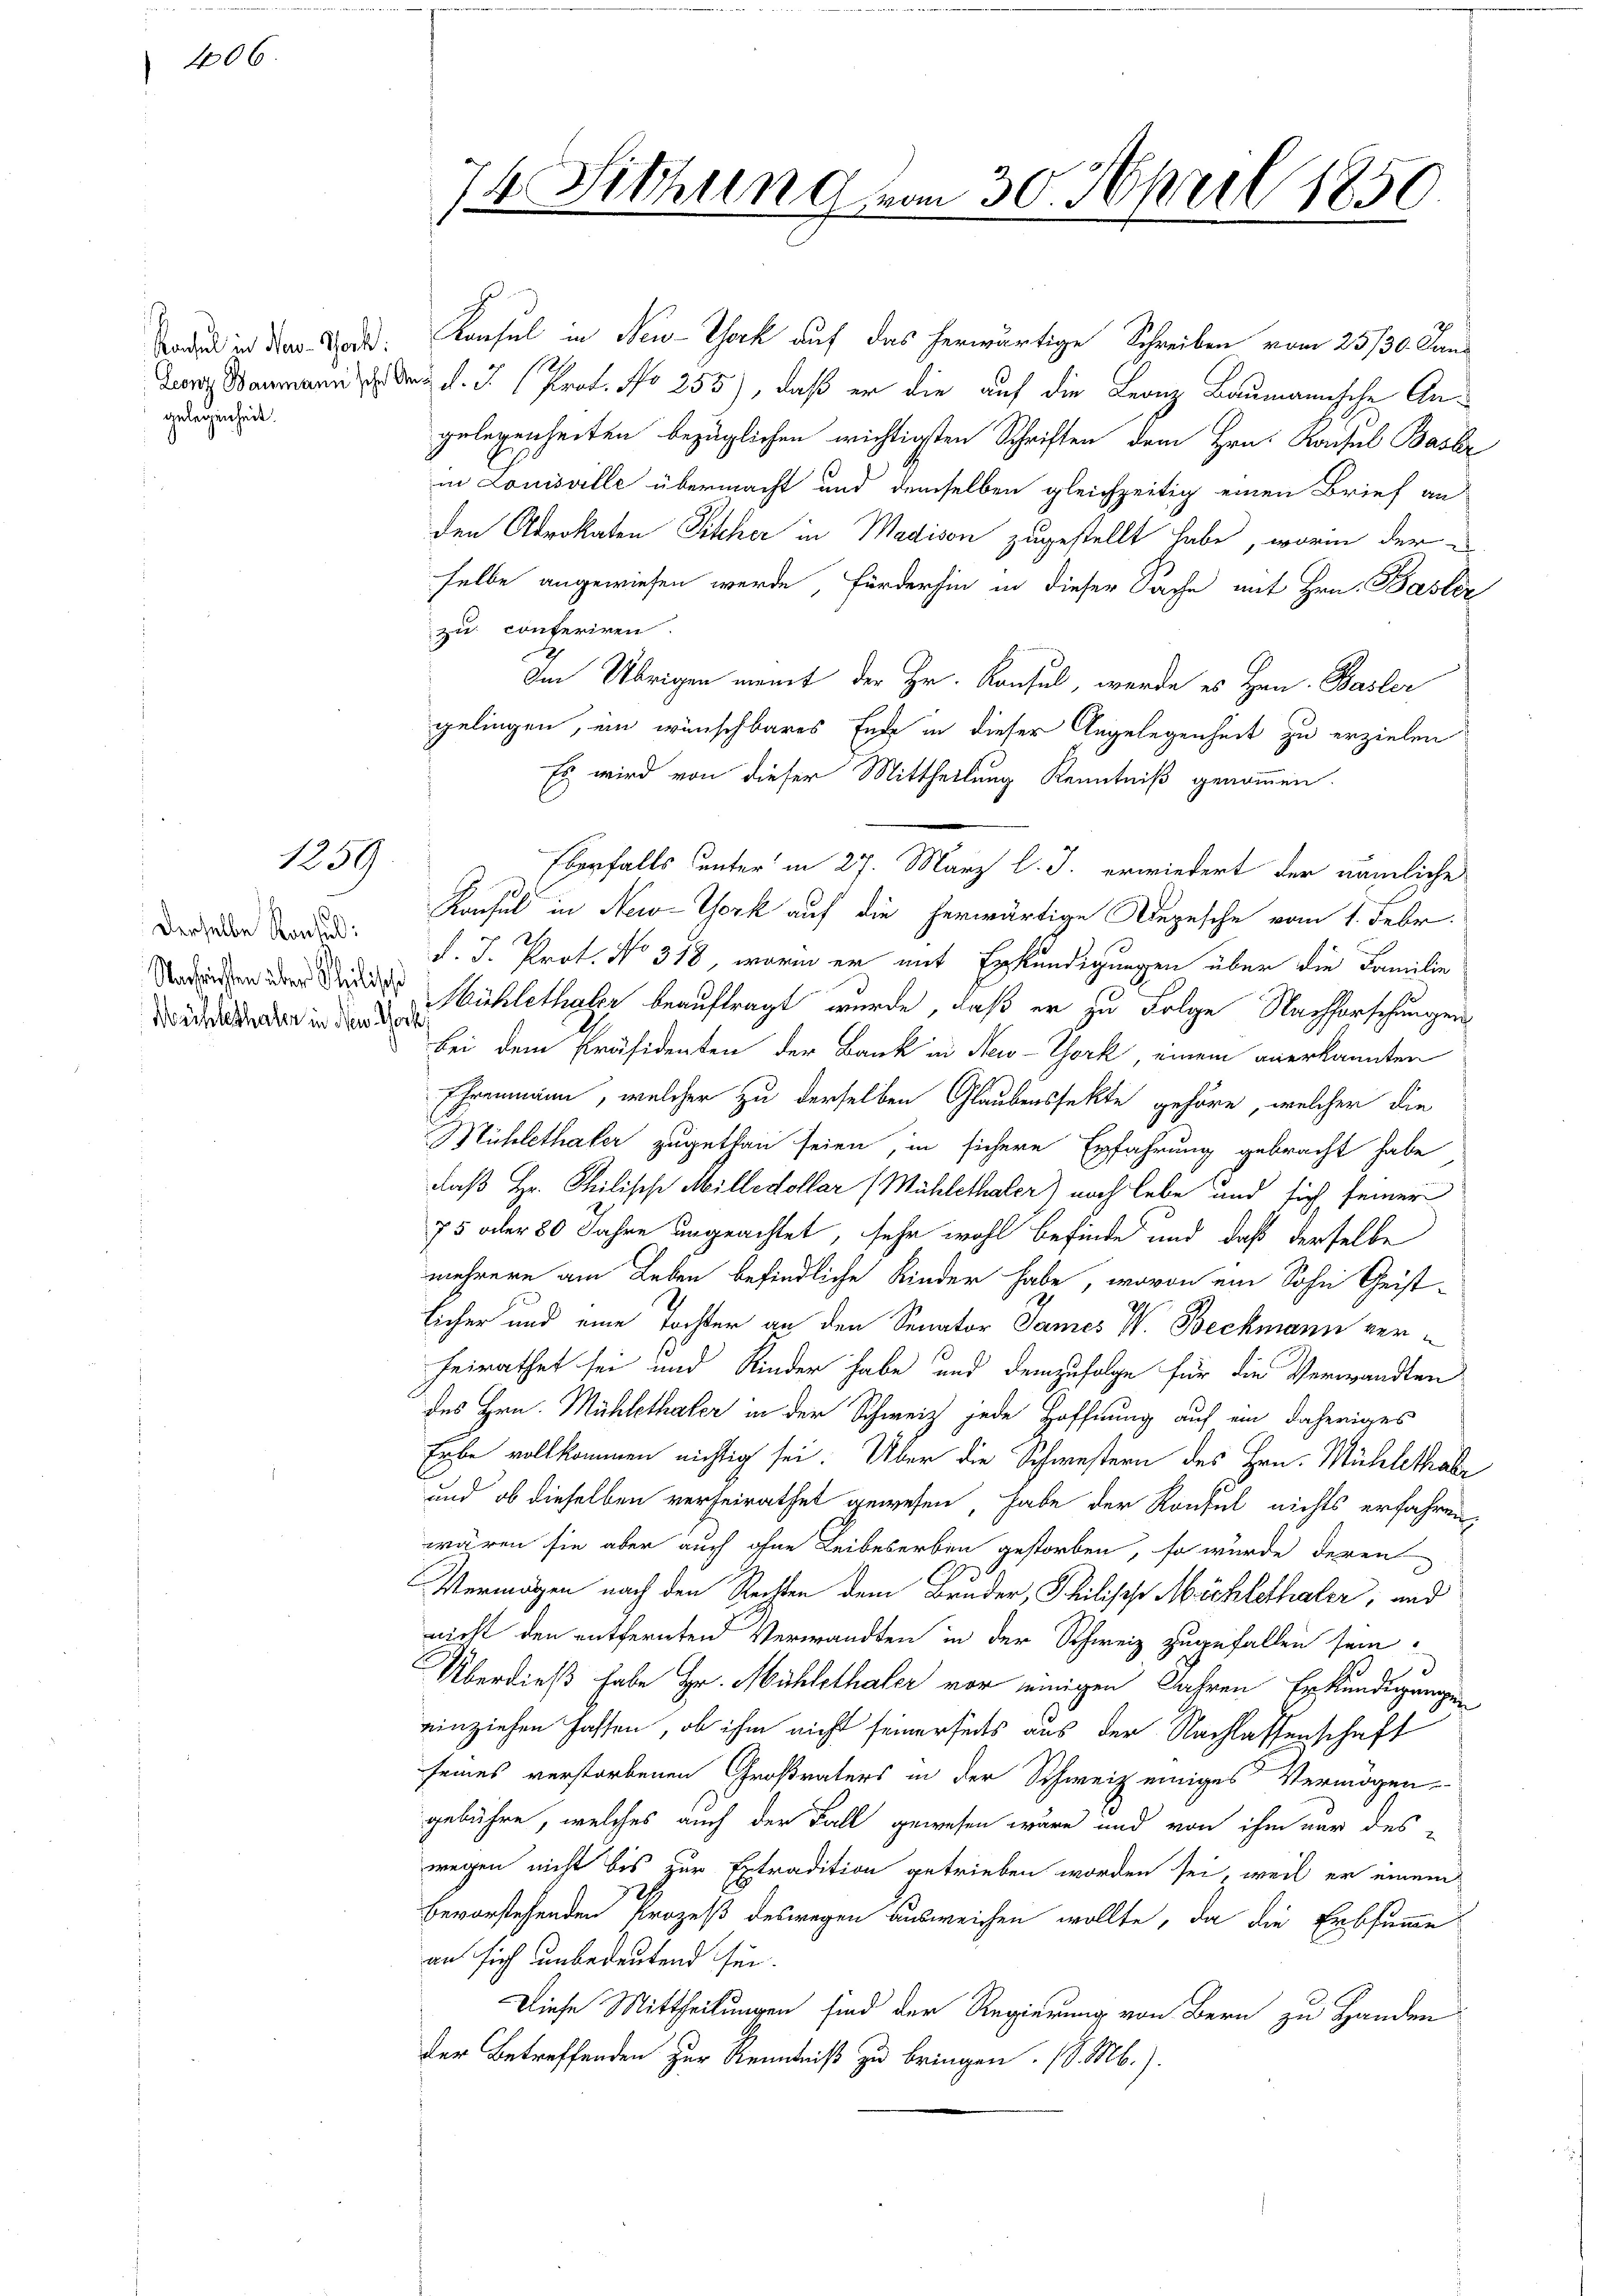
406.

gelegenheit.

1239

derselbe Konsul
Mühlethaler in den Toch

74. Sitzung vom 30. April 1850.

Boden in der Tod. Konsul in New-York auf das herwärtige Schreiben vom 25/30. Kandunz Baumann. Dez. d. J. Prof. No 255), daß er die auf die Leonz Baumannische Angelegenheiten bezüglichen wichtigsten Schriften dem Hrn. Kaisul Baser
in Louisville übermacht und demselben gleichzeitig einen Brief an
den Advokaten Tischer in Madison zugestellt habe, worin der
selbe angewiesen werde, fürderhin in dieser Sache mit Hrn. Basler
zu conferiren.
Im Übrigen meint der Hr. Konsul, werde es Hrn. Basler
gelingen, ein wünschbares Ende in dieser Angelegenheit zu erzielen
Es wird von dieser Mittheilung Kenntniß genommen.
Eberfalls unter in 27. März l. J. erwiedert der nämliche
Konsul in New-York auf die herwärtige Depesche vom 1. Febr.
f. J. Prot. No 318, worin er mit Erkundigungen über die Familie
  Der Mühlethaler beauftragt wurde, daß er zu Folge Nachforschungen
Bei dem Präsidenten der Bank in New-York, einem anerkannten
Ehrenmann, welcher zu derselben Glaubensfekte gehöre, welcher die
Mühlethater zugethan seien, in sichere Erfahrung gebracht habe
daß Hr. Philische Milledollar (Mühlethaler) nach Lebe und sich seiner
75 oder 80 Jahre ungeachtet, sehr wohl befinde und daß derselbe
mehrere am Leben befindliche Kinder habe, wovon ein Sohn Geist-
licher und eine Tochter an den Senator James V. Beckmann verheirathet sei und Kinder habe und demzufolge für die Verwandten
des Hrn. Mühlethaler in der Schweiz jede Hoffnung auf ein daheriges
Erbe vollkommen nichtig sei. Über die Schwestern des Hrn. Mühlethabe
und ob dieselben verheirathet gewesen, habe der Konsul nichts erfahren.
wären sie aber auch ohne Leibeserben gestorben, so würde deren
Vermögen nach den Rechten dem Bruder, Philische Michlethaler, und
nicht den entfernten Verwandten in der Schweiz zugefallen sein.
Überdieß habe Hr. Mühlethaler vor einigen Jahren Erkundigungen
einziehen haften, ob ihm nicht seinerseits aus der Nachlassenschaft
seines verstorbenen Großvaters in der Schweiz einiges Vermögen
gebühre, welches auch der Fall gewesen wäre und von ihm nur des
wegen nicht bis zur Extradition getrieben worden sei, weil er einem
bevorstehenden Prozeß deswegen Ausweichen wollte, da die Erbsumme
an sich unbedeutend sei.
Diese Mittheilungen sind der Regierung von Bern zu Handen
der Betreffenden zur Kenntniß zu bringen. (l. M.).